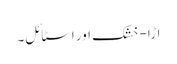
اڑا-خشک اور اسٹائل۔